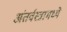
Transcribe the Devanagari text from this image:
अंतर्वस्त्रामध्ये